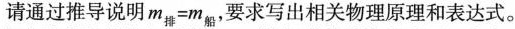
请通过推导说明m_{排}=m_{船}，要求写出相关物理原理和表达式。